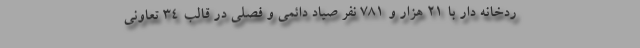
ردخانه دار با ۲۱ هزار و ۷۸۱ نفر صیاد دائمی و فصلی در قالب ۳۴ تعاونی